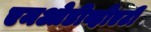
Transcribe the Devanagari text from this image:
एमओडीव्हीएटी